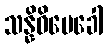
သန္နိဓိပေခေါ